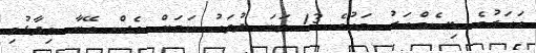
އަހަރުގެ ޑިސެމްބަރު މަހުގެ 13 ވަނަ ދުވަހު ކަމަށް ވެސް އޭނާ ވިދާޅުވި